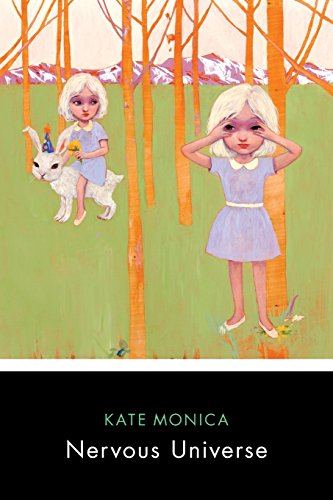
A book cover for Nervous Universe; Kate Monica; Gay & Lesbian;